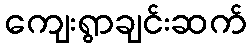
ကျေးရွာချင်းဆက်